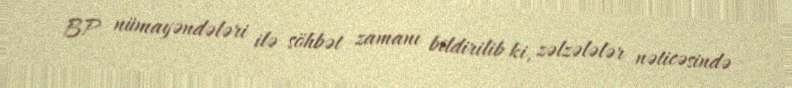
BP nümayəndələri ilə söhbət zamanı bildirilib ki, zəlzələlər nəticəsində